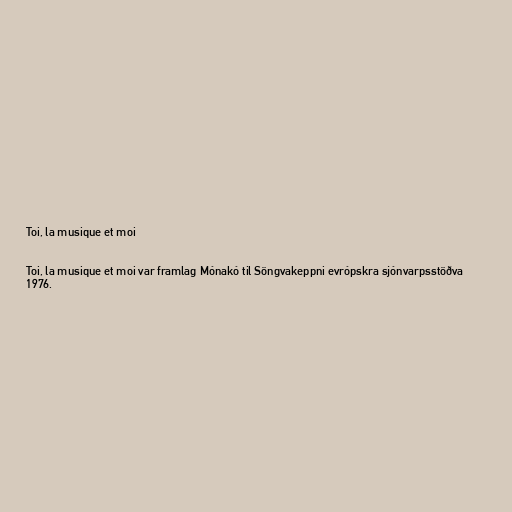
Toi, la musique et moi

Toi, la musique et moi var framlag Mónakó til Söngvakeppni evrópskra sjónvarpsstöðva
1976.